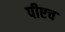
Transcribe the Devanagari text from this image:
पीएच